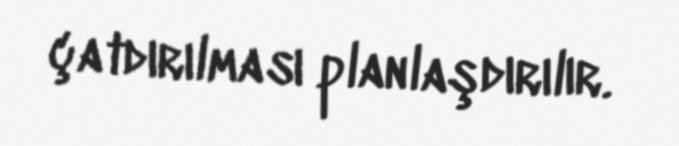
çatdırılması planlaşdırılır.